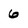
Character: 6